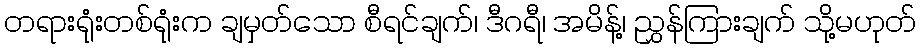
တရားရုံးတစ်ရုံးက ချမှတ်သော စီရင်ချက်၊ ဒီဂရီ၊ အမိန့်၊ ညွှန်ကြားချက် သို့မဟုတ်